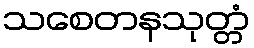
သစေတနသုတ္တံ